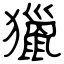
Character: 獵